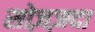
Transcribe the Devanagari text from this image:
सोज़ज़दा